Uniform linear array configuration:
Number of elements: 32
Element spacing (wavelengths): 0.5
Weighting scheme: uniform
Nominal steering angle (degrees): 45
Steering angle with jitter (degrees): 43.419
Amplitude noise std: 0.05
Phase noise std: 0.05

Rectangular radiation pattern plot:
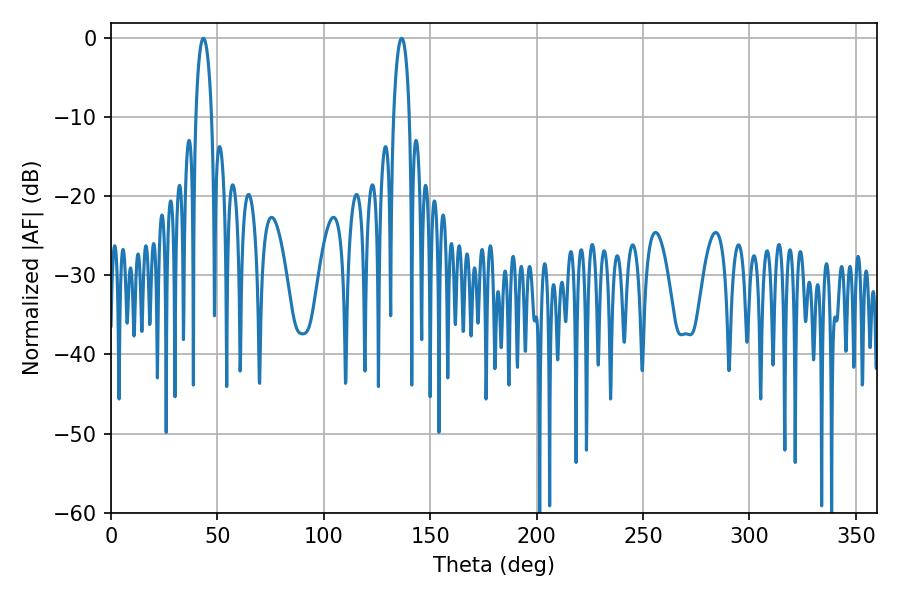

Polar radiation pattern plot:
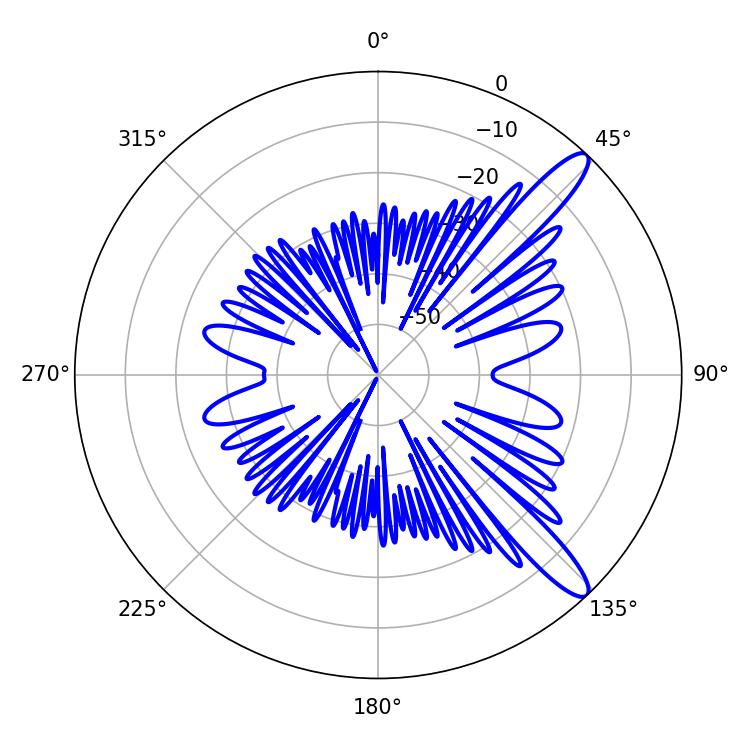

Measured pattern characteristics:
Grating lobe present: FALSE
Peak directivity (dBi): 12.343
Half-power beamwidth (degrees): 4.14
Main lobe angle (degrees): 43.38